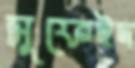
সুফেইদ